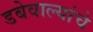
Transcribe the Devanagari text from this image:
डबेवाल्यांचे